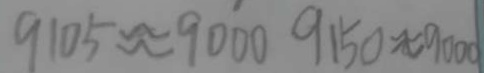
9 1 0 5 \approx 9 0 0 0 9 1 5 0 \approx 9 0 0 0